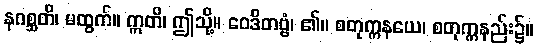
နဂစ္ဆတိ၊ မထွက်။ ဣတိ၊ ဤသို့။ ဝေဒိတဗ္ဗံ၊ ၏။ စတုက္ကနယေ၊ စတုက္ကနည်း၌။